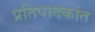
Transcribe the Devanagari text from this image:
प्रतिपादकांत